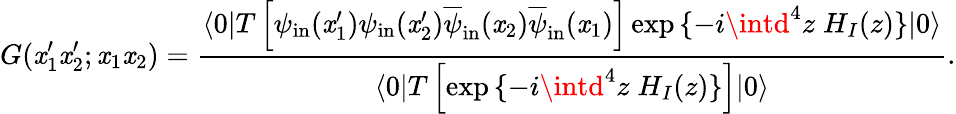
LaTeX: G(\mathit{x}_{1}^{\prime}\mathit{x}_{2}^{\prime};\mathit{x}_{1}\mathit{x}_{2})=\frac{{\langle0|T\left[\psi_{\mathrm{{in}}}(\mathit{x}_{1}^{\prime})\psi_{\mathrm{{in}}}(\mathit{x}_{2}^{\prime})\overline{{{\psi}}}_{\mathrm{{in}}}(\mathit{x}_{2})\overline{{{\psi}}}_{\mathrm{{in}}}(\mathit{x}_{1})\right]\exp{\{ -i\intd^{4}z\; H_{I}(z)\} }|0\rangle}}{{\langle0|T\left[\exp{\{ -i\intd^{4}z\; H_{I}(z)\} }\right]|0\rangle}}.